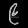
Digit: ၉